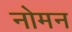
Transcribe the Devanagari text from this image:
नोमन